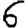
Digit: 6